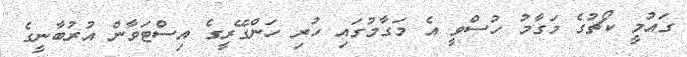
ގައުމީ ކޯޗުގެ މަގާމު ހުސްވީ އެ މަގާމުގައި ހުރި ހަންގޭރީގެ އިސްޓަވާން އުރުބާނީގެ